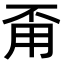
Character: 甭